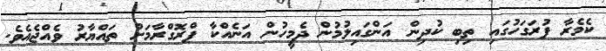
ކެމެރާ ފުރަގަހުގައި ތިބި ކުދިން އަންގައިލުމުން ދެމީހުން އަނެއްކާ ޕްރޮގްރާމަށް ތައްޔާރު ވެއްޖެއެވެ.